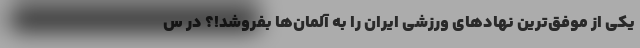
یکی از موفق‌ترین نهادهای ورزشی ایران را به آلمان‌ها بفروشد!؟ در س